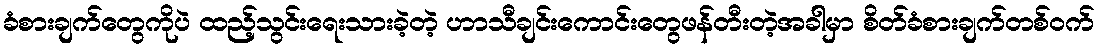
ခံစားချက်တွေကိုပဲ ထည့်သွင်းရေးသားခဲ့တဲ့ ဟာသီချင်းကောင်းတွေဖန်တီးတဲ့အခါမှာ စိတ်ခံစားချက်တစ်ဝက်